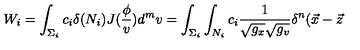
W _ { i } = \int _ { \Sigma _ { i } } c _ { i } \delta ( N _ { i } ) J ( \frac \phi v ) d ^ { m } v = \int _ { \Sigma _ { i } } \int _ { N _ { i } } c _ { i } \frac 1 { \sqrt { g _ { x } } \sqrt { g _ { v } } } \delta ^ { n } ( \vec { x } - \vec { z }